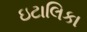
ઇટાલિકા